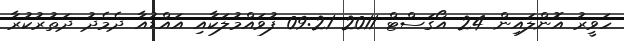
ހަވީރު އޮންލައިން 24 އޯގަސްޓް 2011 09:21 ފުވައްމުލަކާއި އައްޑުއާ ދެމެދު ދަތުރުކުރާ